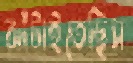
ঝাঁটাইতেছিস